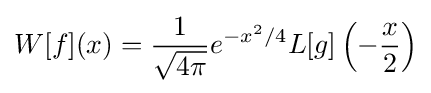
W[f](x)={\frac {1}{\sqrt {4\pi }}}e^{-x^{2}/4}L[g]\left(-{\frac {x}{2}}\right)